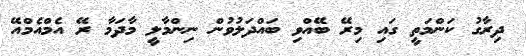
ދިރާގު ކަންމަތީ ގައި މިރޭ ބޭއްވި ބައްދަލުވުން ނިންމާލީ މާދަމާ ރޭ އެމްއެމްއޭ